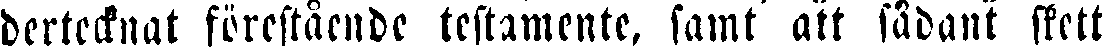
dertecknat förestående testamente, samt att sådant skett